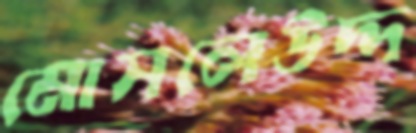
মোসলেউদ্দ